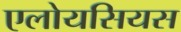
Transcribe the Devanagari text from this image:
एलोयसियस